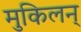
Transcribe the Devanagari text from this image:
मुकिलन्